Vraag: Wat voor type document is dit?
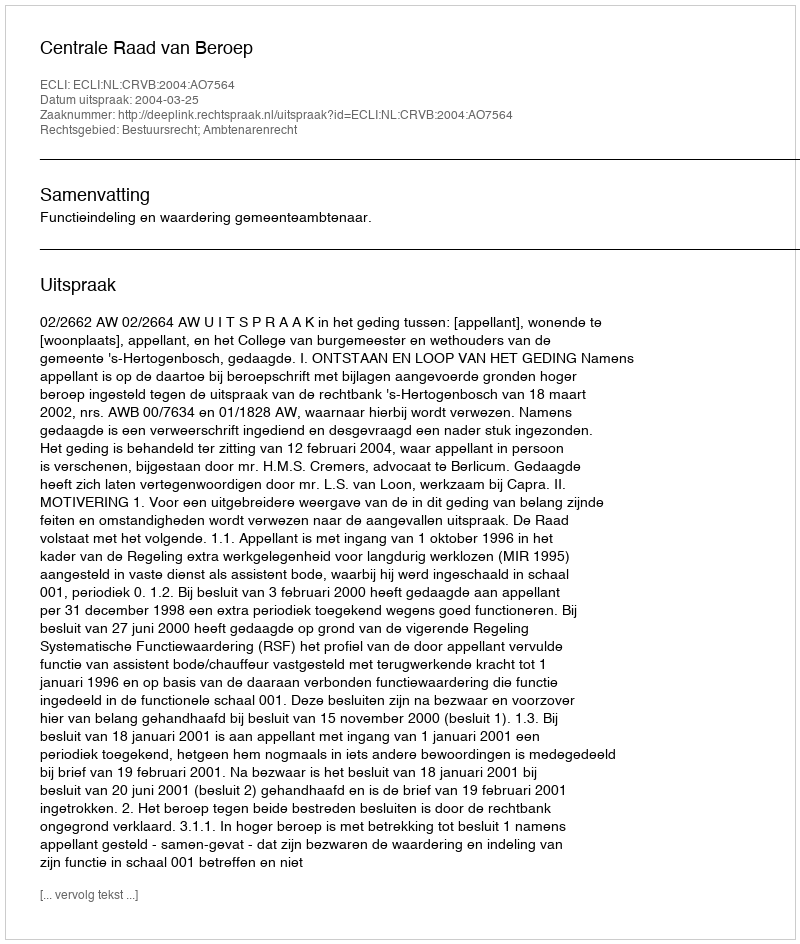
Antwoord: Uitspraak